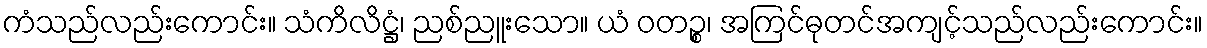
ကံသည်လည်းကောင်း။ သံကိလိဋ္ဌံ၊ ညစ်ညူးသော။ ယံ ဝတဉ္စ၊ အကြင်ဓုတင်အကျင့်သည်လည်းကောင်း။